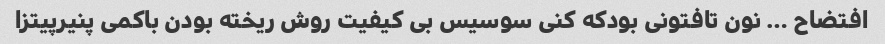
افتضاح … نون تافتونی بودکه کنی سوسیس بی کیفیت روش ریخته بودن باکمی پنیرپیتزا